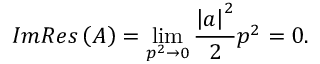
I m { \cal R } e s \left( { \cal A } \right) = \operatorname * { l i m } _ { p ^ { 2 } \rightarrow 0 } \frac { \left| a \right| ^ { 2 } } { 2 } p ^ { 2 } = 0 .